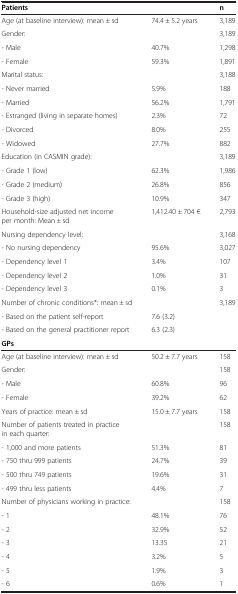
<table><thead><tr><td><b>Patients</b></td><td><b> </b></td><td><b>n</b></td></tr></thead><tbody><tr><td>Age (at baseline interview): mean ± sd</td><td>74.4 ± 5.2 years</td><td>3,189</td></tr><tr><td>Gender:</td><td> </td><td>3,189</td></tr><tr><td>- Male</td><td>40.7%</td><td>1,298</td></tr><tr><td>- Female</td><td>59.3%</td><td>1,891</td></tr><tr><td>Marital status:</td><td> </td><td>3,188</td></tr><tr><td>- Never married</td><td>5.9%</td><td>188</td></tr><tr><td>- Married</td><td>56.2%</td><td>1,791</td></tr><tr><td>- Estranged (living in separate homes)</td><td>2.3%</td><td>72</td></tr><tr><td>- Divorced</td><td>8.0%</td><td>255</td></tr><tr><td>- Widowed</td><td>27.7%</td><td>882</td></tr><tr><td>Education (in CASMIN grade):</td><td> </td><td>3,189</td></tr><tr><td>- Grade 1 (low)</td><td>62.3%</td><td>1,986</td></tr><tr><td>- Grade 2 (medium)</td><td>26.8%</td><td>856</td></tr><tr><td>- Grade 3 (high)</td><td>10.9%</td><td>347</td></tr><tr><td>Household-size adjusted net income per month: Mean ± sd</td><td>1,412.40 ± 704 €</td><td>2,793</td></tr><tr><td>Nursing dependency level:</td><td> </td><td>3,168</td></tr><tr><td>- No nursing dependency</td><td>95.6%</td><td>3,027</td></tr><tr><td>- Dependency level 1</td><td>3.4%</td><td>107</td></tr><tr><td>- Dependency level 2</td><td>1.0%</td><td>31</td></tr><tr><td>- Dependency level 3</td><td>0.1%</td><td>3</td></tr><tr><td>Number of chronic conditions*: mean ± sd</td><td> </td><td rowspan="3">3,189</td></tr><tr><td>- Based on the patient self-report</td><td>7.6 (3.2)</td></tr><tr><td>- Based on the general practitioner report</td><td>6.3 (2.3)</td></tr><tr><td><b>GPs</b></td><td> </td><td> </td></tr><tr><td>Age (at baseline interview): mean ± sd</td><td>50.2 ± 7.7 years</td><td>158</td></tr><tr><td>Gender:</td><td> </td><td>158</td></tr><tr><td>- Male</td><td>60.8%</td><td>96</td></tr><tr><td>- Female</td><td>39.2%</td><td>62</td></tr><tr><td>Years of practice: mean ± sd</td><td>15.0 ± 7.7 years</td><td>158</td></tr><tr><td>Number of patients treated in practice in each quarter:</td><td> </td><td>158</td></tr><tr><td>- 1,000 and more patients</td><td>51.3%</td><td>81</td></tr><tr><td>- 750 thru 999 patients</td><td>24.7%</td><td>39</td></tr><tr><td>- 500 thru 749 patients</td><td>19.6%</td><td>31</td></tr><tr><td>- 499 thru less patients</td><td>4.4%</td><td>7</td></tr><tr><td>Number of physicians working in practice:</td><td> </td><td>158</td></tr><tr><td>- 1</td><td>48.1%</td><td>76</td></tr><tr><td>- 2</td><td>32.9%</td><td>52</td></tr><tr><td>- 3</td><td>13.35</td><td>21</td></tr><tr><td>- 4</td><td>3.2%</td><td>5</td></tr><tr><td>- 5</td><td>1.9%</td><td>3</td></tr><tr><td>- 6</td><td>0.6%</td><td>1</td></tr></tbody></table>